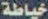
خياطة